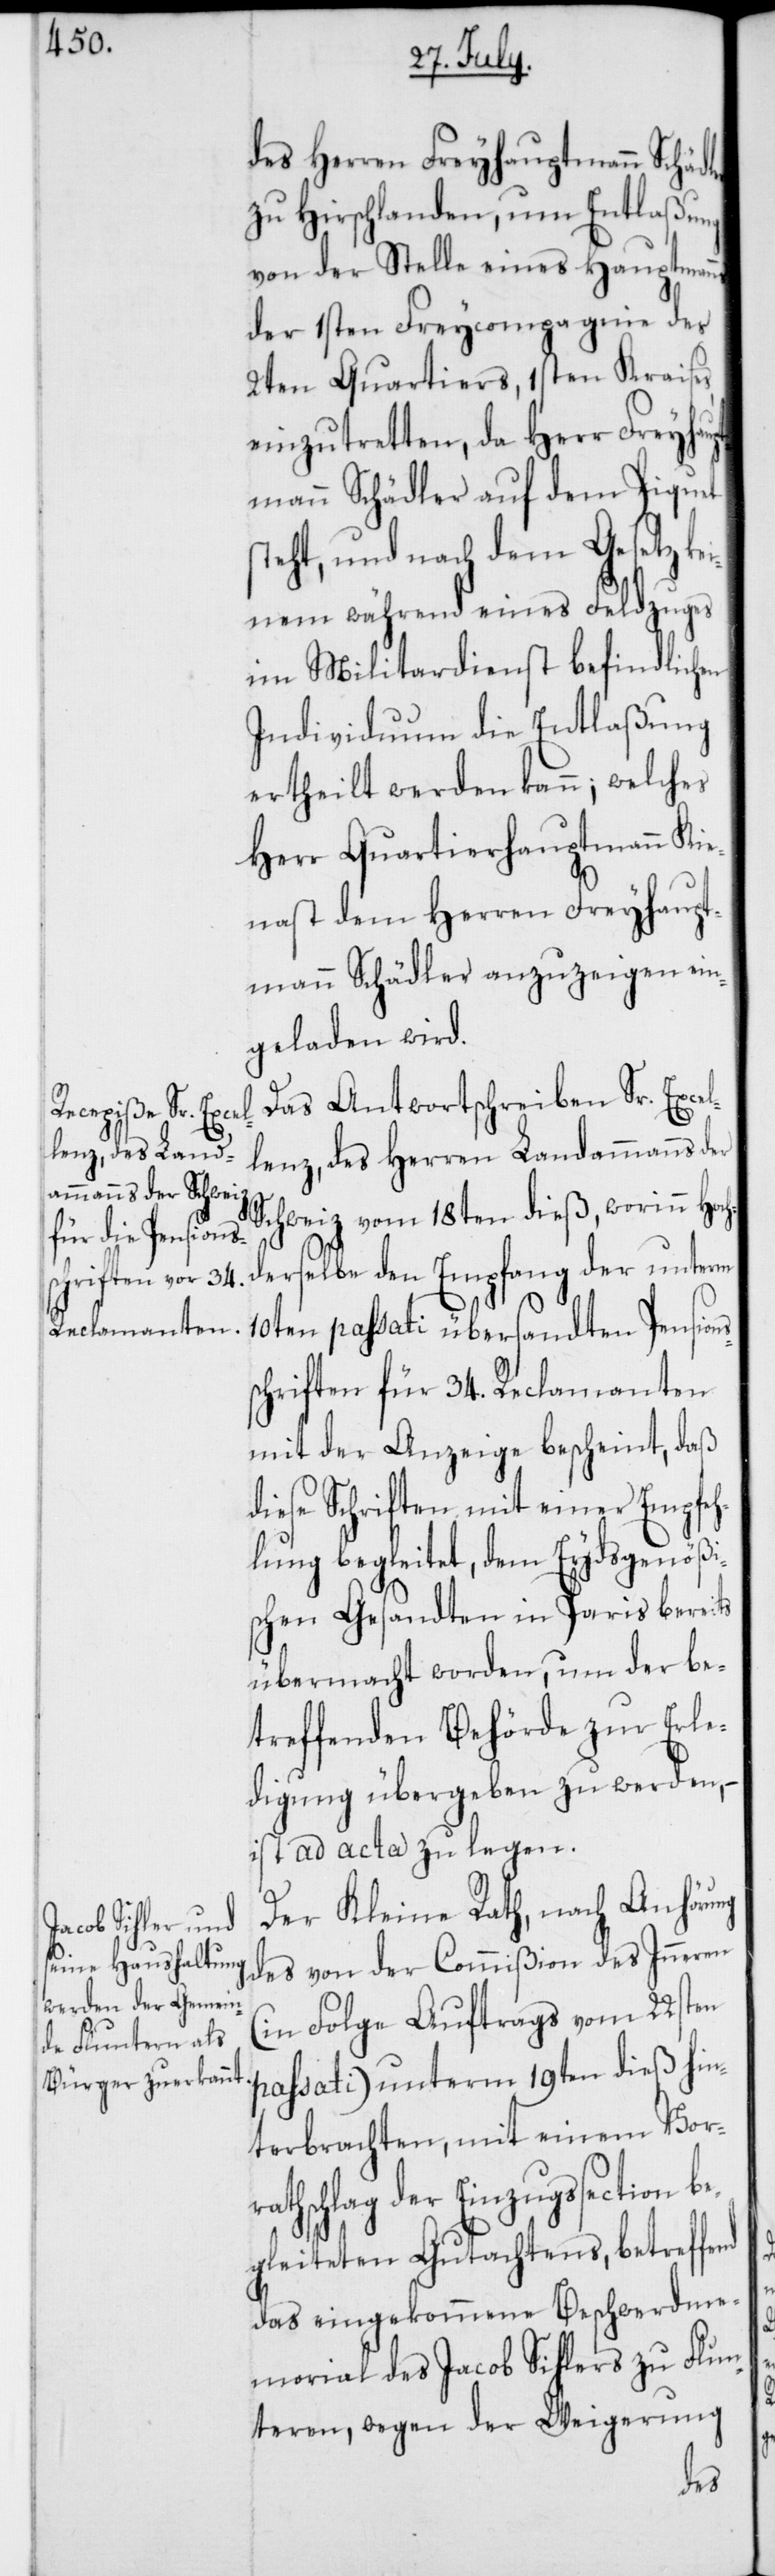
des Herren Freyhauptmann Schädler
zu Hirschlanden, um Entlaßung
von der Stelle eines Hauptmanns
der 1sten Freycompagnie des
2ten Quartiers, 1sten Kraises,
einzutretten, da Herr Freyhau¬
ptmann Schädler auf dem Piquet
steht, und nach dem Gesetz kei¬
nem während eines Feldzuges
im Militardienst befindlichen
Individuum die Entlaßung
ertheilt werden kann; welches
Herr Quartierhauptmann Kie¬
nast dem Herren Freyhaupt¬
mann Schädler anzuzeigen ein¬
geladen wird.
Das Antwortschreiben Sr. Excel¬
lenz des Herren Landammanns der
Schweiz vom 18ten dieß, worinn Hoc¬
erselbe den Empfang der unterm
10ten passati übersandten Pension¬
schriften für 34. Reclamanten
mit der Anzeige bescheint, daß
diese Schriften mit einer Empfeh¬
lung begleitet, dem Eydsgenößi¬
schen Gesandten in Paris bereits
übermacht worden, um der be¬
treffenden Behörde zur Erle¬
digung übergeben zu werden,
ist ad acta zu legen.
Der Kleine Rath, nach Anhörung
des von der Commißion des Inneren
(in Folge Auftrags vom 22sten
passati) unterm 19ten dieß hin¬
terbrachten, mit einem Vor¬
rathschlag der Einzugßection be¬
gleiteten Gutachtens, betreff¬
das eingekommene Beschwerdme¬
morial des Jacob Sihlers zu Flun¬
teren, wegen der Weigerung
end